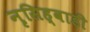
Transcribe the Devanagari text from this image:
नृसिह्वाडी